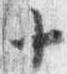
十